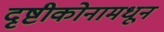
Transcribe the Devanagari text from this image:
दृष्टीकोनामधून